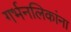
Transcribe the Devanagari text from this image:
गर्भनलिकांना